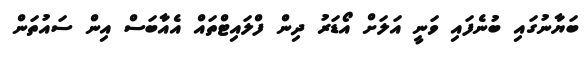
ބަޔާނުގައި ބުނެފައި ވަނީ އަލަށް އޯޑަރު ދިން ފްލައިޓްތައް އެއާބަސް އިން ސައުތަން